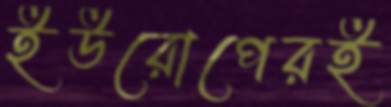
ইউরোপেরই